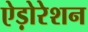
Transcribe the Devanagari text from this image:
ऐड़ोरेशन